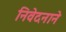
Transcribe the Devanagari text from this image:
निवेदनाने